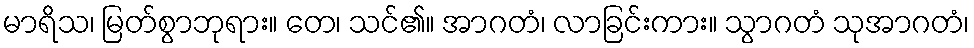
မာရိသ၊ မြတ်စွာဘုရား။ တေ၊ သင်၏။ အာဂတံ၊ လာခြင်းကား။ သွာဂတံ သုအာဂတံ၊